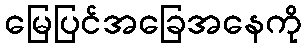
မြေပြင်အခြေအနေကို